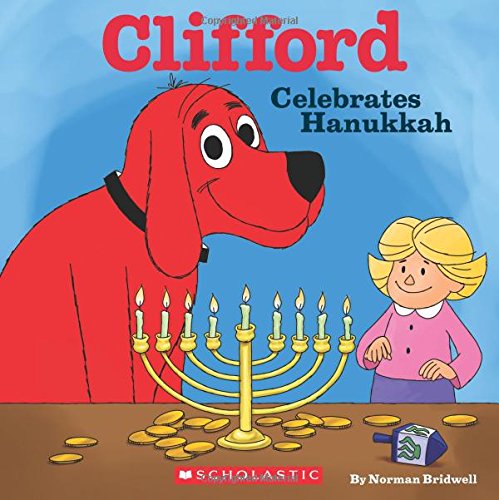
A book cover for Clifford Celebrates Hanukkah (Clifford); Norman Bridwell; Children's Books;